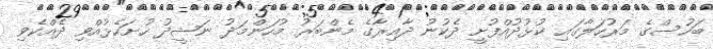
ބަހުސްގެ މަރުހަލާގައި ކުޅުދުއްފުށީ ދެކުނު ދާއިރާގެ މެންބަރު މުހަންމަދު ނަޝީދު ހުށަހެޅުއްވި ދެއްކެވި